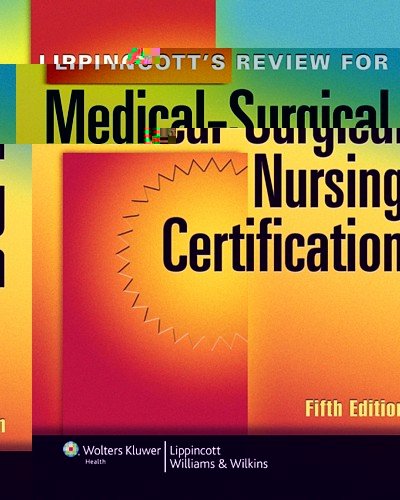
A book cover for Lippincott's Review for Medical-Surgical Nursing Certification (LWW, Springhouse Review for Medical-Surgical Nursing Certification); Lippincott; Test Preparation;